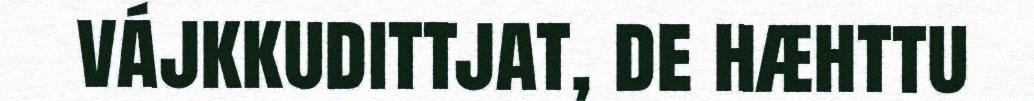
vájkkudittjat, de hæhttu